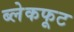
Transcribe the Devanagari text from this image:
ब्लेकफूट